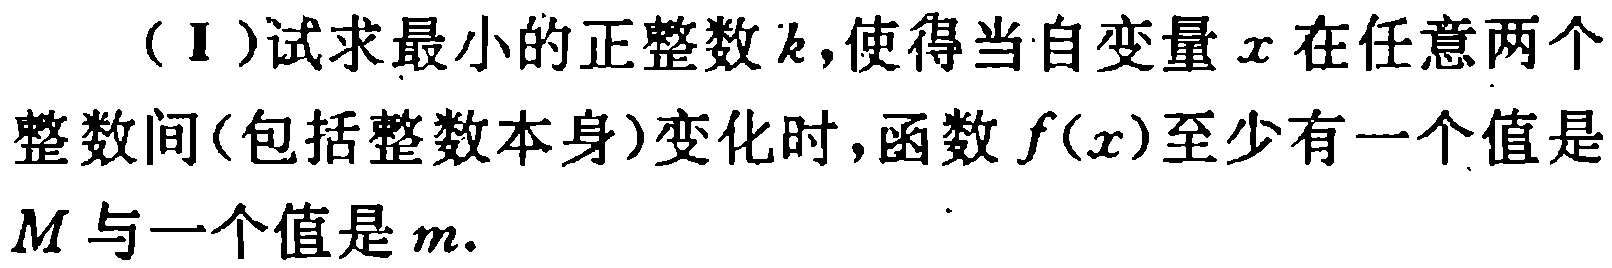
（I）试求最小的正整数\(k\)，使得当自变量\(x\)在任意两个整数间（包括整数本身）变化时，函数\(f(x)\)至少有一个值是\(M\)与一个值是\(m\).